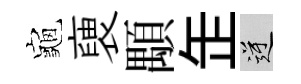
龜褏顒𦈢逆